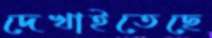
দেখাইতেছে